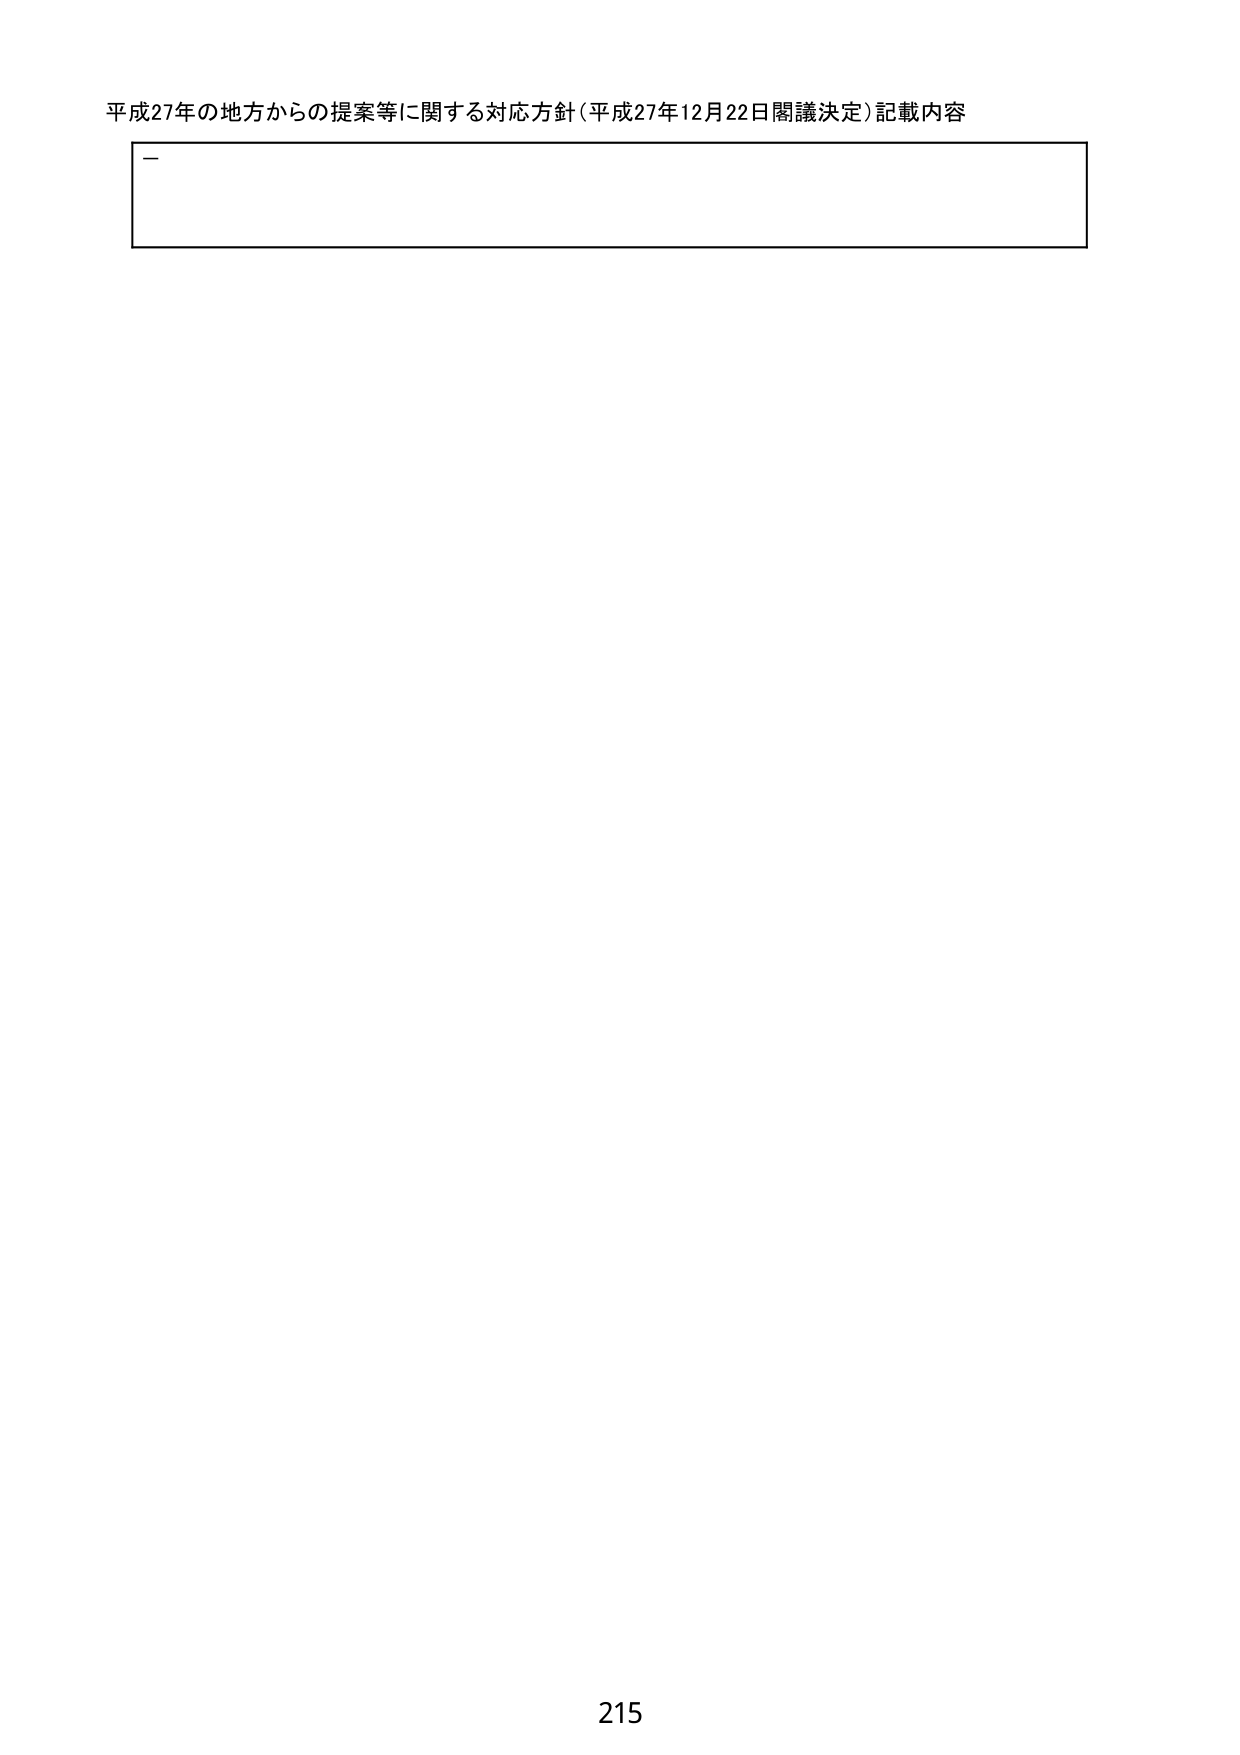
平成27年の地方からの提案等に関する対応方針（平成27年12月22日閣議決定）記載内容

215